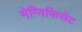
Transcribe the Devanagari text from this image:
मेग्निफिसेंट